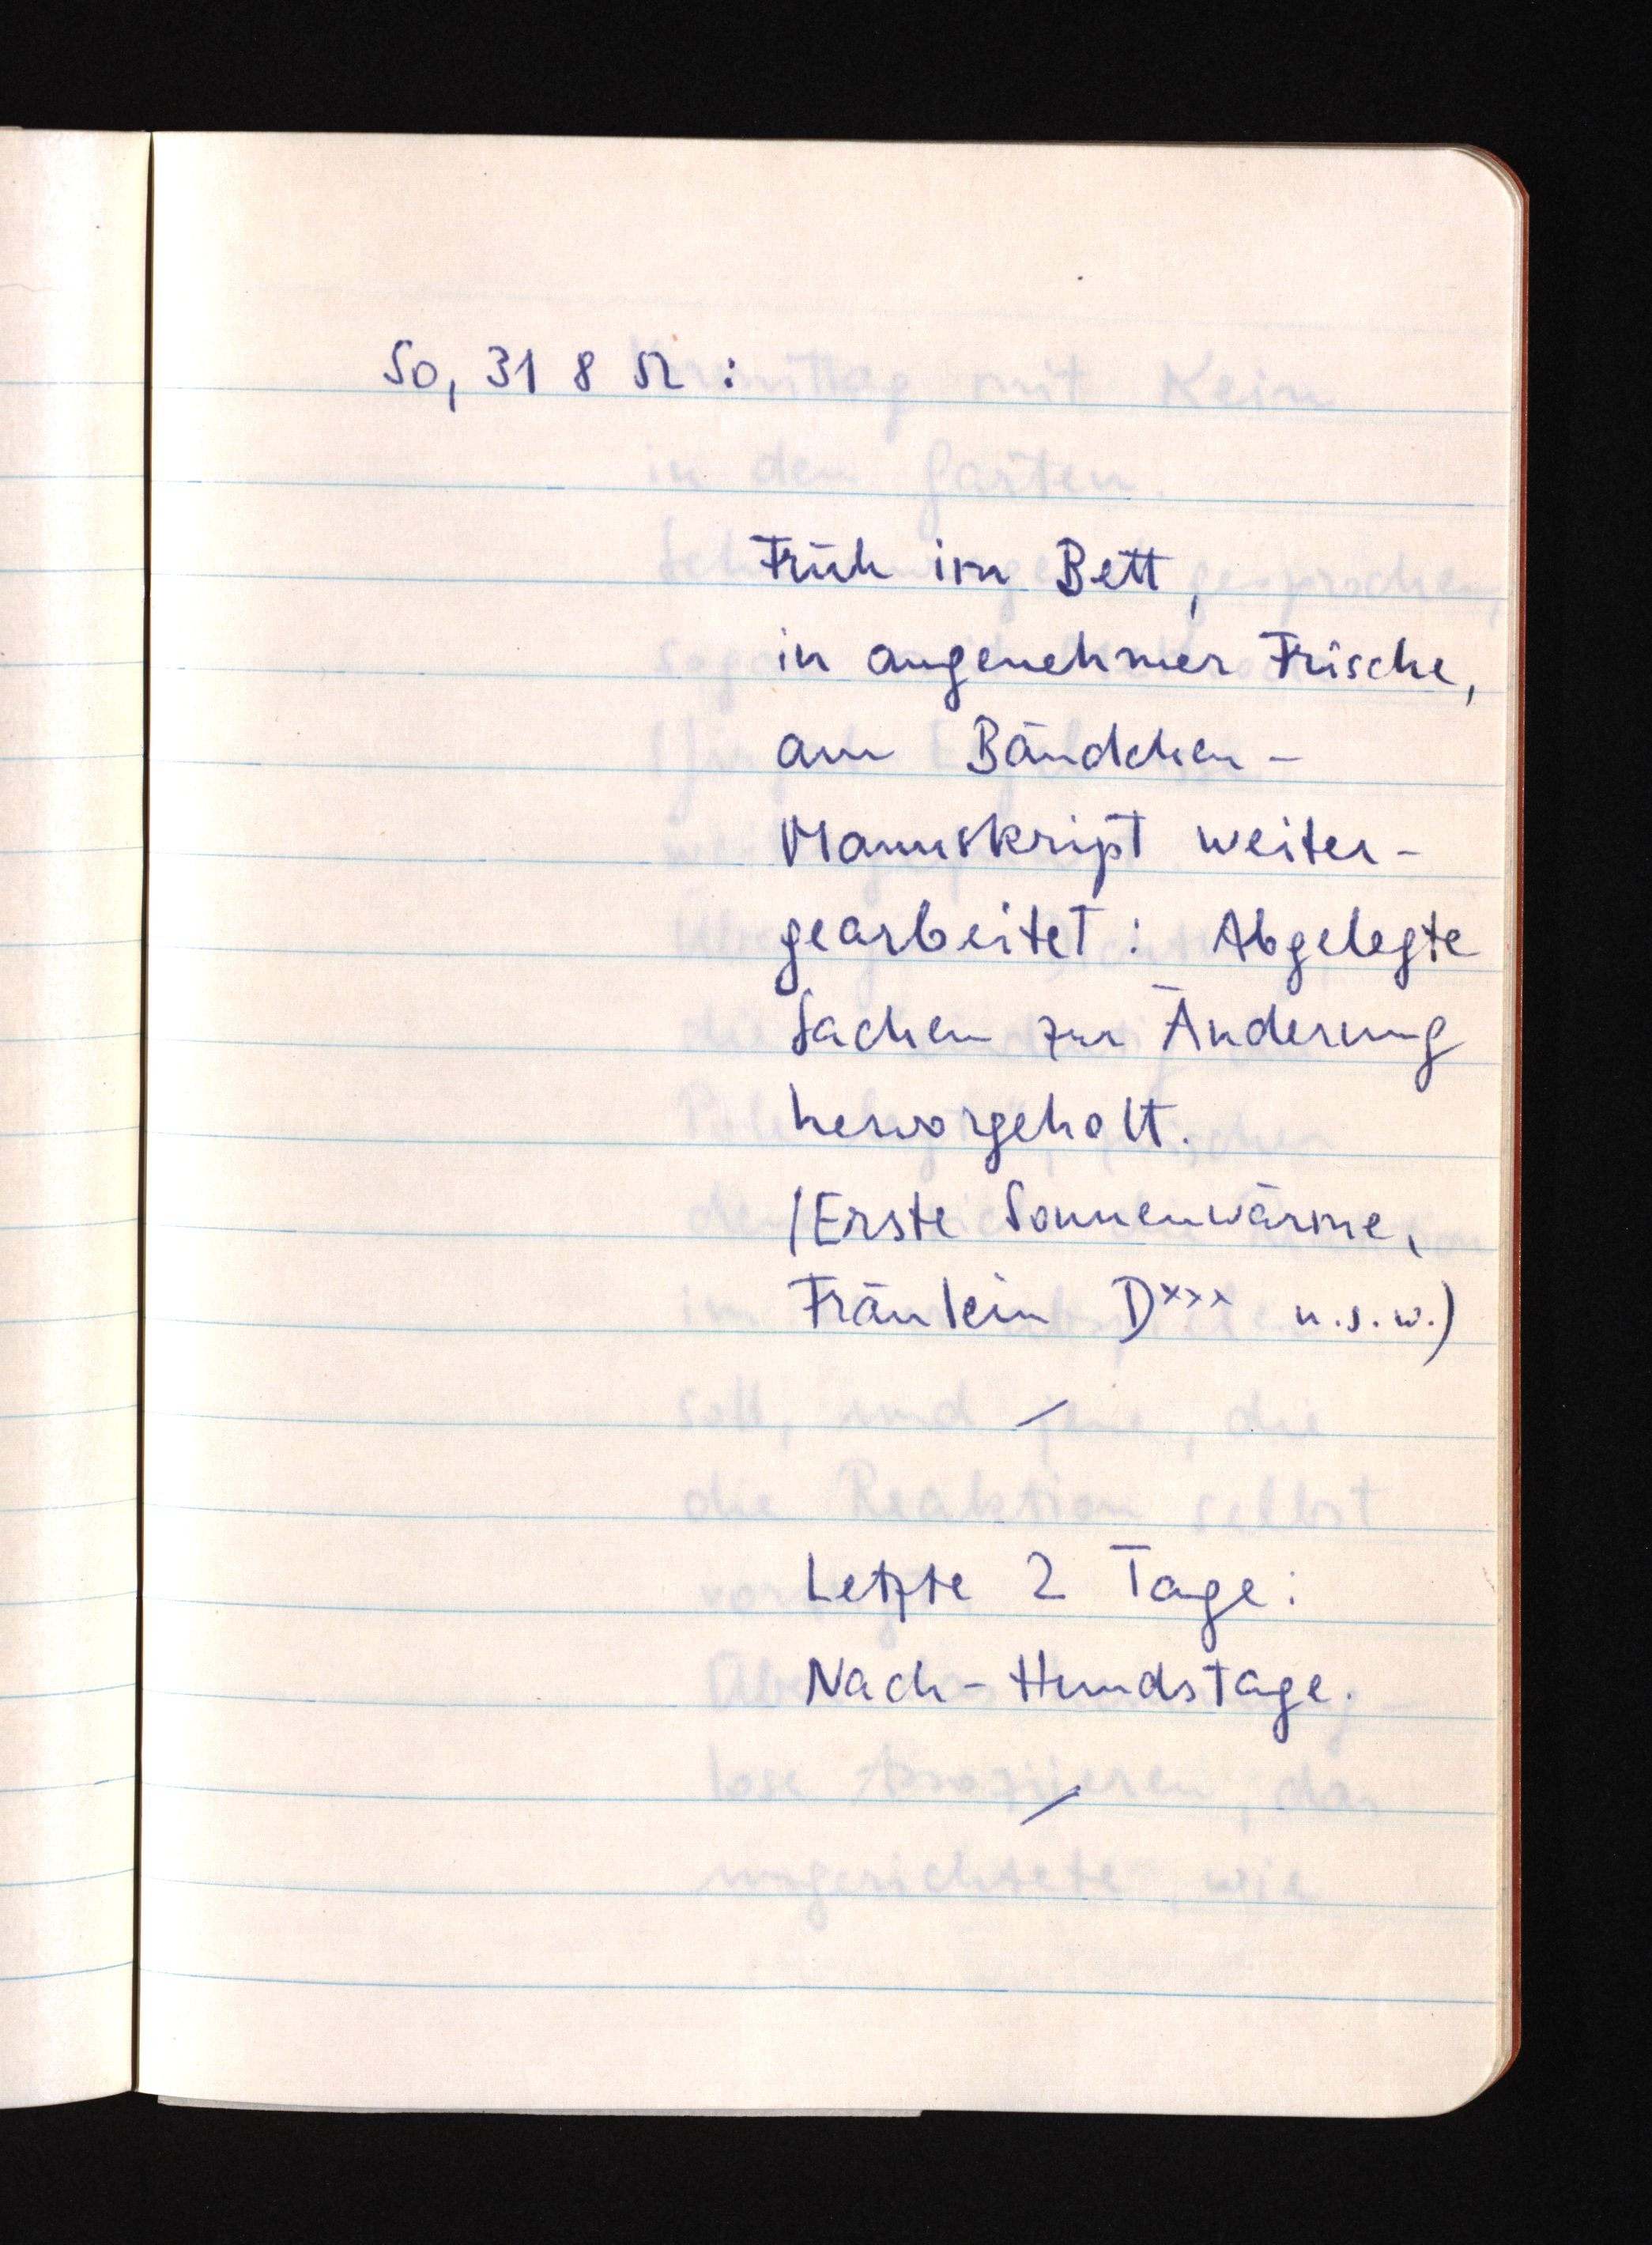
So, 31 8 52:
Früh im Bett,
in angenehmer Frische,
am Bändchen-
Manuskript weiter¬
gearbeitet: Abgelegte
Sachen zur Änderung
hervorgeholt.
(Erste Sonnenwärme,
Fräulein Dxxx u.s.w.)
Letzte 2 Tage:
Nach-Hundstage.